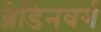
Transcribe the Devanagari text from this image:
ब्रेडिनवर्ग